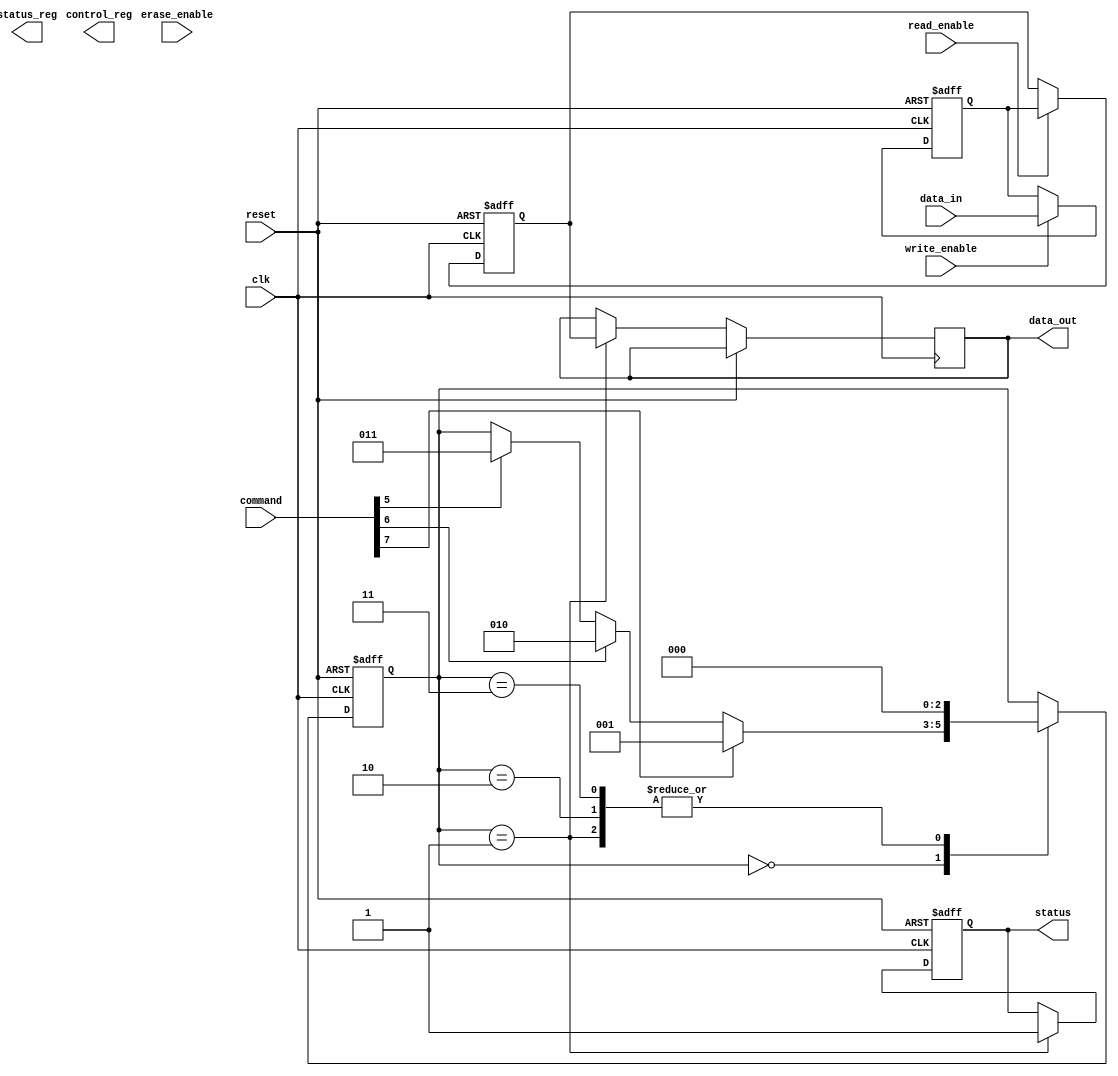
module tlc_nand_io (
    input wire clk,
    input wire reset,
    input wire [7:0] data_in,
    input wire [7:0] command,
    input wire read_enable,
    input wire write_enable,
    input wire erase_enable,
    output reg [7:0] data_out,
    output reg status,
    output reg [7:0] status_reg,
    output reg [7:0] control_reg
);

// Input Buffer
reg [7:0] input_buffer;
reg error_detected;

// Output Buffer
reg [7:0] output_buffer;

// Command Interface
reg [2:0] state;
parameter IDLE = 3'b000, READ = 3'b001, WRITE = 3'b010, ERASE = 3'b011;

// Data Path Control
reg [7:0] data_mux;

// Timing Control
reg timing_signal;

// Write/Erase Management
reg write_done, erase_done;

// Power Management
reg power_on;

// Error Handling
reg retry;

// Signal Conditioning
reg conditioned_signal;

// Input Buffer Logic
always @(posedge clk or posedge reset) begin
    if (reset) begin
        input_buffer <= 8'b0;
        error_detected <= 1'b0;
    end else if (write_enable) begin
        input_buffer <= data_in;
        // Implement EDC here
        // error_detected <= ... (EDC logic)
    end
end

// Output Buffer Logic
always @(posedge clk or posedge reset) begin
    if (reset) begin
        output_buffer <= 8'b0;
    end else if (read_enable) begin
        output_buffer <= input_buffer; // Simulate reading from memory
        // Implement EDC here
    end
end

// Command Interface Logic
always @(posedge clk or posedge reset) begin
    if (reset) begin
        state <= IDLE;
        status <= 1'b0;
    end else begin
        case (state)
            IDLE: begin
                if (command[7]) state <= READ; // Assume command[7] indicates read
                else if (command[6]) state <= WRITE; // Assume command[6] indicates write
                else if (command[5]) state <= ERASE; // Assume command[5] indicates erase
            end
            READ: begin
                // Read logic
                data_out <= output_buffer;
                status <= 1'b1; // Indicate success
                state <= IDLE;
            end
            WRITE: begin
                // Write logic
                // Assume write operation is successful
                write_done <= 1'b1;
                state <= IDLE;
            end
            ERASE: begin
                // Erase logic
                erase_done <= 1'b1;
                state <= IDLE;
            end
        endcase
    end
end

// Timing Control Logic
always @(posedge clk) begin
    // Generate timing signals based on state
    timing_signal <= (state != IDLE);
end

// Power Management Logic
always @(posedge clk or posedge reset) begin
    if (reset) begin
        power_on <= 1'b0;
    end else begin
        // Power management logic
        power_on <= 1'b1; // Example: always on for simplicity
    end
end

// Error Handling Logic
always @(posedge clk) begin
    if (error_detected) begin
        retry <= 1'b1; // Retry logic
    end else begin
        retry <= 1'b0;
    end
end

// Signal Conditioning Logic
always @(posedge clk) begin
    conditioned_signal <= input_buffer; // Example of signal conditioning
end

endmodule